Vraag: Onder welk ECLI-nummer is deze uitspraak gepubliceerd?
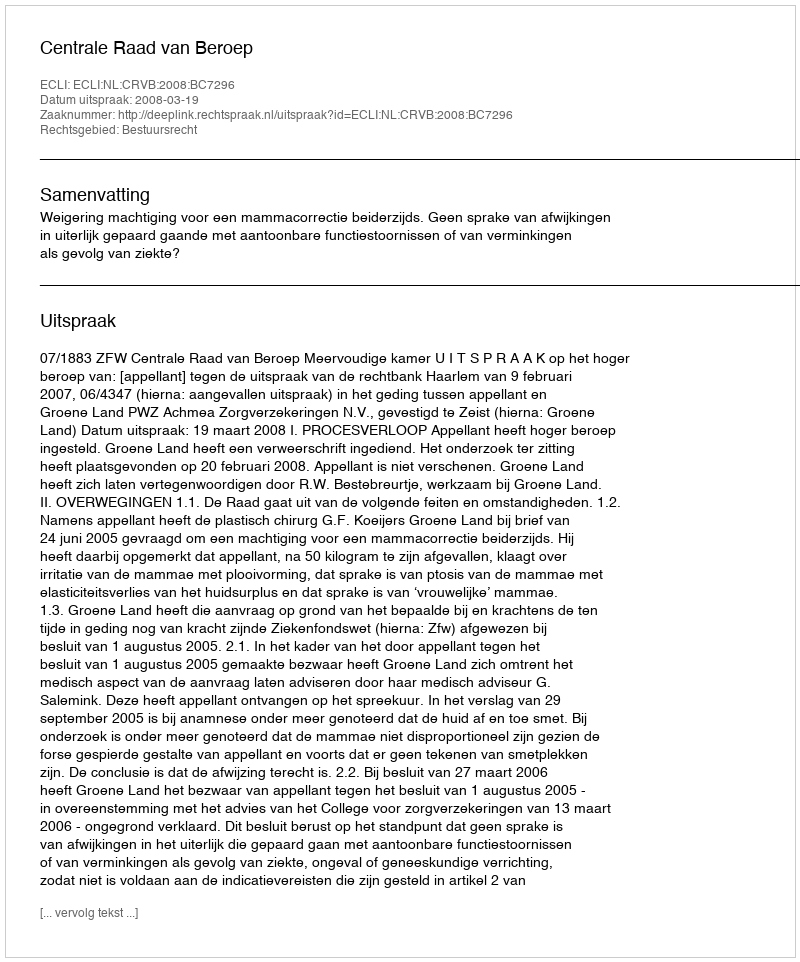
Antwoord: ECLI:NL:CRVB:2008:BC7296